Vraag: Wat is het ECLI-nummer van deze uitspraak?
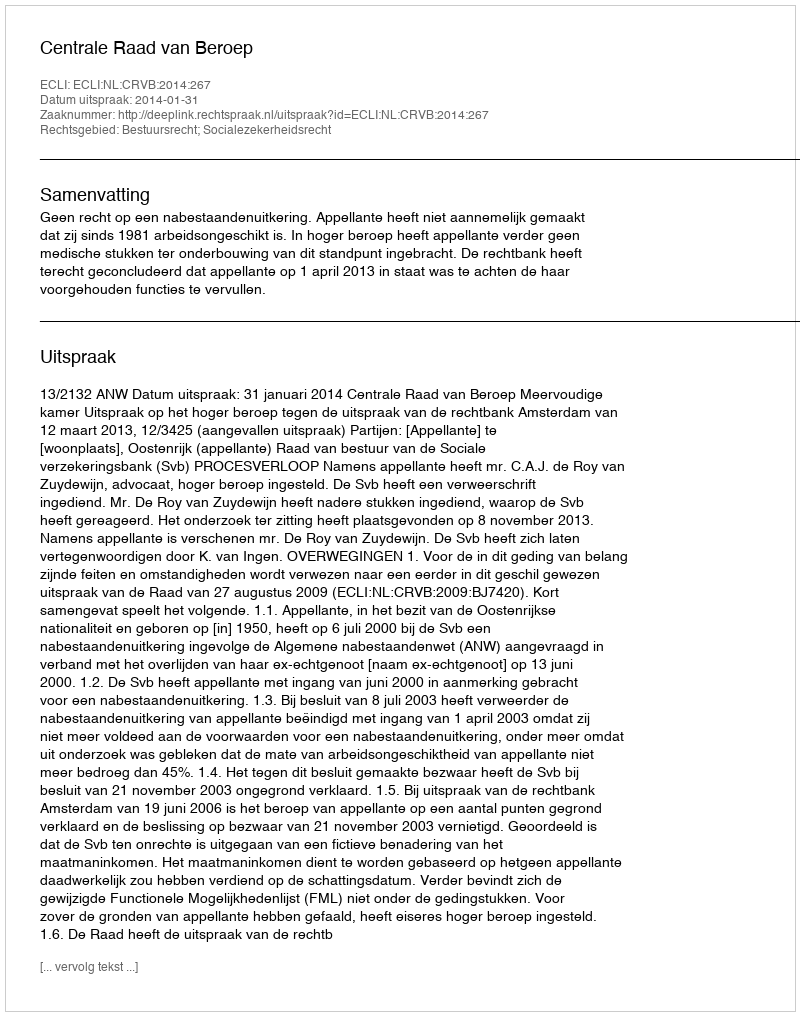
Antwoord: ECLI:NL:CRVB:2014:267